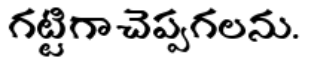
గట్టిగా చెప్పగలను.